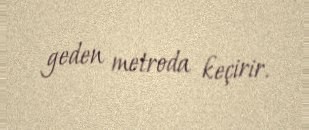
geden metroda keçirir.